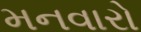
મનવારો